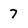
Character: 7